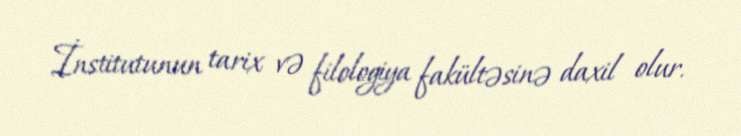
İnstitutunun tarix və filologiya fakültəsinə daxil olur.